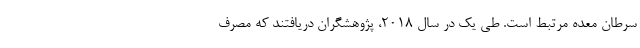
سرطان معده مرتبط است. طی یک در سال 2018، پژوهشگران دریافتند که مصرف